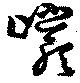
巖